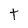
Character: t